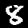
Digit: 8